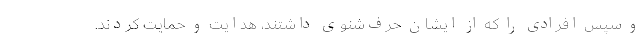
و سپس افرادی را که از ایشان حرف‌شنوی داشتند، هدایت و حمایت کردند.